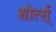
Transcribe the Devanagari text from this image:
शोर्त्स्